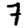
Digit: 7